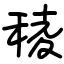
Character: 稜